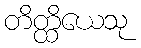
တိတ္ထိယေသု